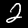
Digit: 2